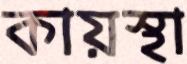
কায়স্থা